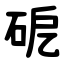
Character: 砨